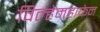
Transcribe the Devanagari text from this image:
विल्हेमहाफेन